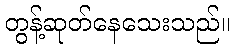
တွန့်ဆုတ်နေသေးသည်။